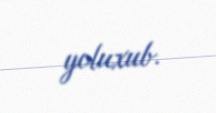
yoluxub.